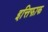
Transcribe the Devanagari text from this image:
इत्तिफाक